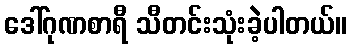
ဒေါ်ဂုဏစာရီ သီတင်းသုံးခဲ့ပါတယ်။